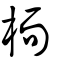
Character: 栭